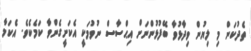
ތެދުކަން މި ލިޔުން ވިދާޅުވާ ބޭފުޅުންނަށް އިޙްސާސް ނުވުމަކީ އެކަށީގެންވާ ކަމެކެވެ. އެކަމާ